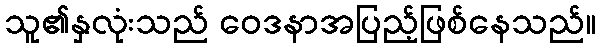
သူ၏နှလုံးသည် ဝေဒနာအပြည့်ဖြစ်နေသည်။